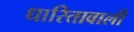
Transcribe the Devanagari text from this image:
धारितावाली